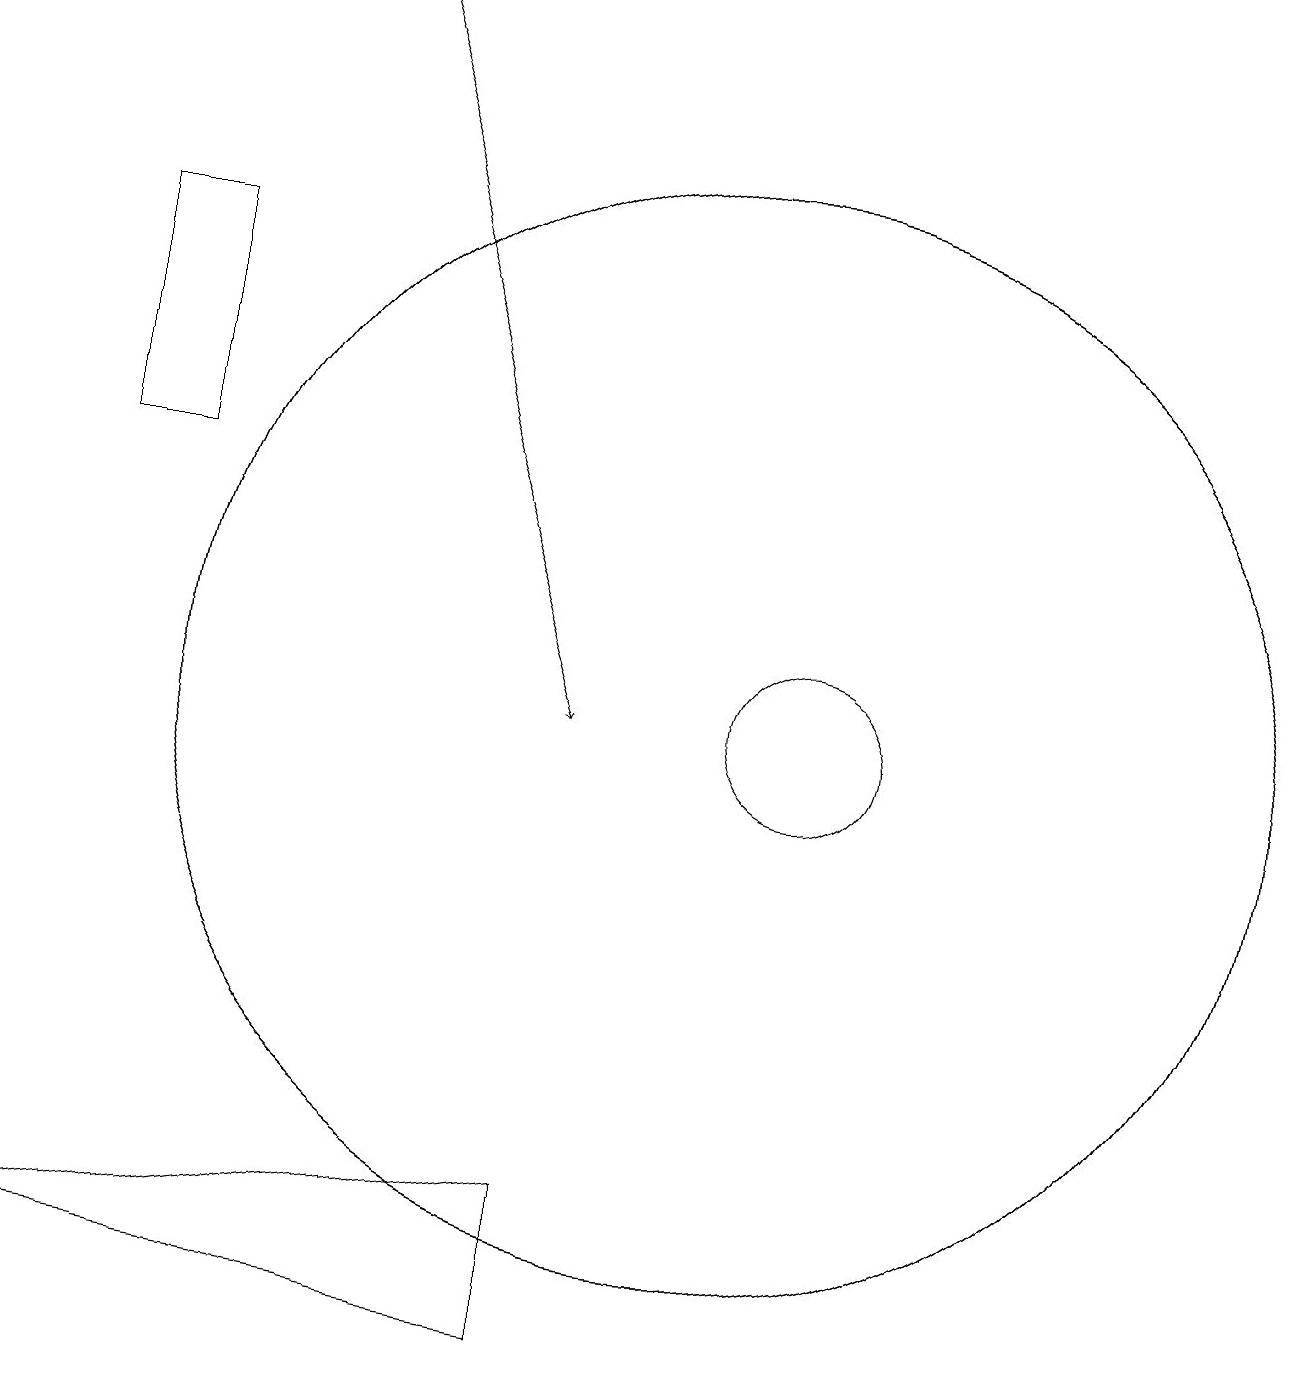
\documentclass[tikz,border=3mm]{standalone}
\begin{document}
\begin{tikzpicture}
\draw (8,2) -- (8,4) -- (1,3) -- cycle;
\draw (11,10) circle (1);
\draw (2,13) rectangle (3,16);
\draw (10,10) circle (7);
\draw[->] (5,19) -- (8,10);
\draw (10,10) circle (7);
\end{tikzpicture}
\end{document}